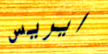
ايريس